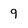
Character: 9